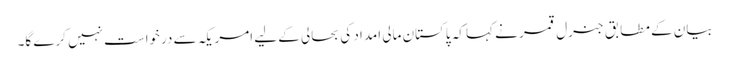
بیان کے مطابق جنرل قمر نے کہا کہ پاکستان مالی امداد کی بحالی کے لیے امریکہ سے درخواست نہیں کرے گا۔